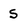
Character: s